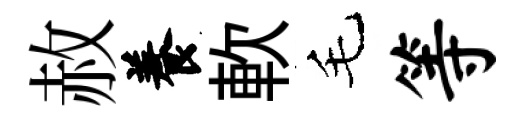
赦養軟毛等